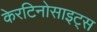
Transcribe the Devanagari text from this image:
केरटिनोसाइट्स